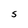
Character: 5